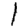
Digit: 1